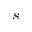
s